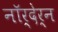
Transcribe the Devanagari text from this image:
नॉर्देर्न